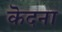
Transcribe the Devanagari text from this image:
कॆदना